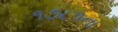
૧૭૮૧ના